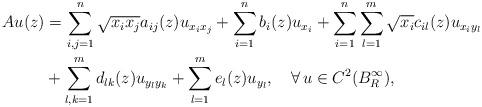
LaTeX: \begin{align*}\begin{aligned}Au(z) &=\sum_{i,j=1}^n \sqrt{x_ix_j}a_{ij}(z) u_{x_ix_j} +\sum_{i=1}^n b_i(z)u_{x_i}+\sum_{i=1}^n \sum_{l=1}^m \sqrt{x_i}c_{il}(z)u_{x_iy_l}\\&+ \sum_{l,k=1}^m d_{lk}(z) u_{y_ly_k} +\sum_{l=1}^m e_l(z) u_{y_l},\quad\forall\, u\in C^2(B^{\infty}_R),\end{aligned}\end{align*}